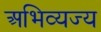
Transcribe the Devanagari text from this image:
अभिव्यज्य